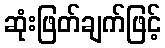
ဆုံးဖြတ်ချက်ဖြင့်